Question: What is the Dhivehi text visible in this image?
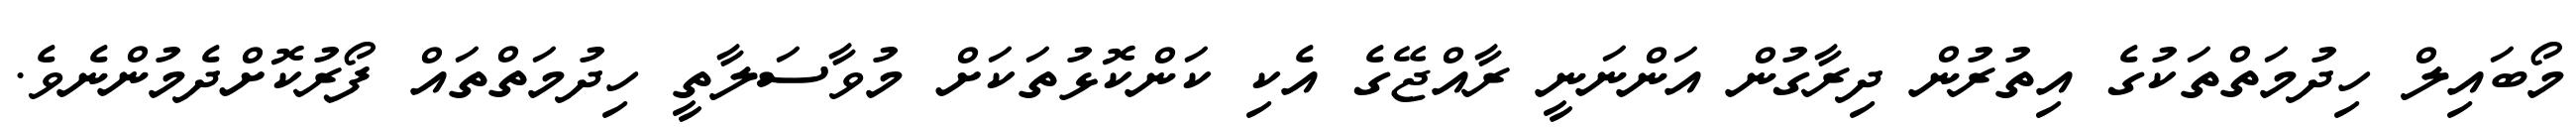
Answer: މޯބައިލް ހިދުމަތްތަކުގެ އިތުރުން ދިރާގުން އަންނަނީ ރާއްޖޭގެ އެކި ކަންކޮޅުތަކަށް މުވާސަލާތީ ހިދުމަތްތައް ފޯރުކޮށްދެމުންނެވެ.